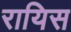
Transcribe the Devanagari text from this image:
रायिस